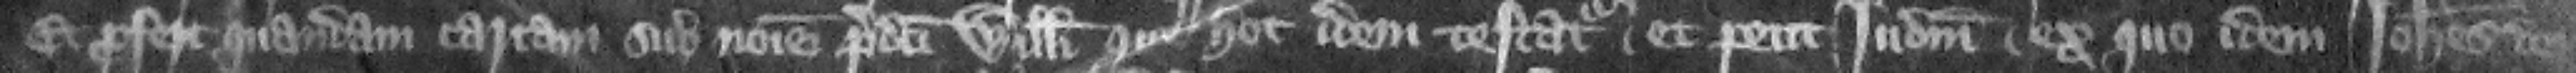
Et profert quandam cartam sub nomine predicti Willelmi. que hoc idem testatur. Et petit judicium ex quo dem Iohannes de